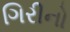
ગિરીનો